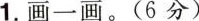
1.画一画。（6分）